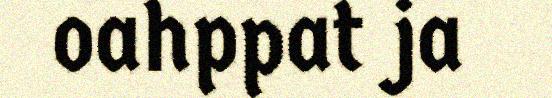
oahppat ja